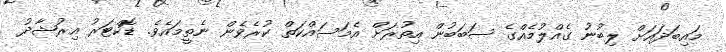
މައިބަދައަށް ލިބުނު ގެއްލުމެއްގެ ސަބަބުން އިތުރަށް އެމަސައްކަތް ކުރެވެން ނެތީމައެވެ. ޑޮކްޓަރު އިރުޝާދު